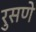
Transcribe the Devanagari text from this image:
रुसणे